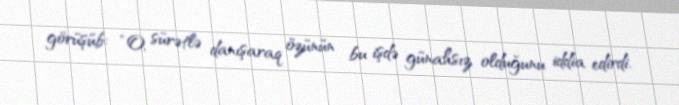
görüşüb: “O, sürətlə danışaraq özünün bu işdə günahsız olduğunu iddia edirdi.